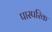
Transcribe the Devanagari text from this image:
पास्‍परिक